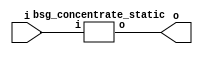


module top
(
  i,
  o
);

  input [31:0] i;
  output [23:0] o;

  bsg_concentrate_static
  wrapper
  (
    .i(i),
    .o(o)
  );


endmodule



module bsg_concentrate_static
(
  i,
  o
);

  input [31:0] i;
  output [23:0] o;
  wire [23:0] o;
  assign o[23] = i[31];
  assign o[22] = i[30];
  assign o[21] = i[29];
  assign o[20] = i[27];
  assign o[19] = i[26];
  assign o[18] = i[24];
  assign o[17] = i[23];
  assign o[16] = i[21];
  assign o[15] = i[20];
  assign o[14] = i[19];
  assign o[13] = i[18];
  assign o[12] = i[17];
  assign o[11] = i[16];
  assign o[10] = i[15];
  assign o[9] = i[14];
  assign o[8] = i[13];
  assign o[7] = i[11];
  assign o[6] = i[10];
  assign o[5] = i[8];
  assign o[4] = i[7];
  assign o[3] = i[5];
  assign o[2] = i[4];
  assign o[1] = i[3];
  assign o[0] = i[0];

endmodule